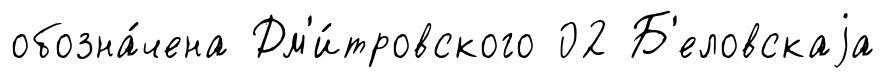
обозна́чена Дм'и́тровского 02 Б'еловскаjа